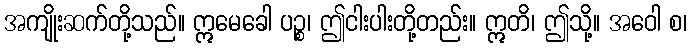
အကျိုးဆက်တို့သည်။ ဣမေခေါ ပဉ္စ၊ ဤငါးပါးတို့တည်း။ ဣတိ၊ ဤသို့။ အဝေါ စ၊